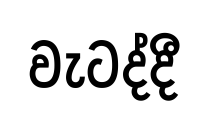
වැටද්දී